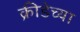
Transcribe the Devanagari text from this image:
क्रीडेच्या